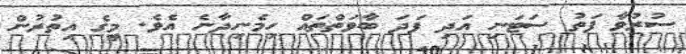
ސުރުވާ ފަތު ސަޓަނި އަދި ފަދަ ބާވަތްތައް ހިމެނިދާނެ އެވެ. މީގެ އިތުރުން